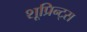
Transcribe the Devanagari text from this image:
शूप्रिन्ट्स